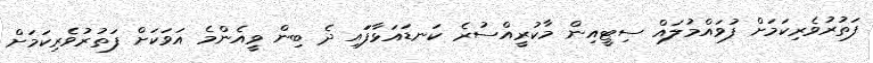
ފަތުރުވެރިކަމަށް ފުވައްމުލައް ސިޓީއިން މާކުރީއްސުރެ ކަނޑައަޅާފަައި ދެ ބިން ވީއެންމެ އަވަަކަށް ފަތުރުވެރިކަމަށް